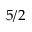
5 / 2